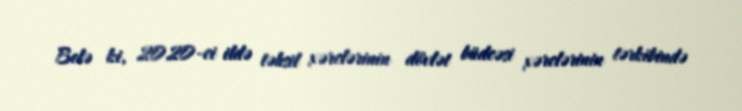
Belə ki, 2020-ci ildə təhsil xərclərinin dövlət büdcəsi xərclərinin tərkibində